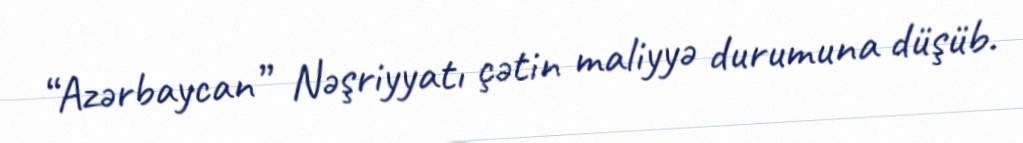
“Azərbaycan” Nəşriyyatı çətin maliyyə durumuna düşüb.